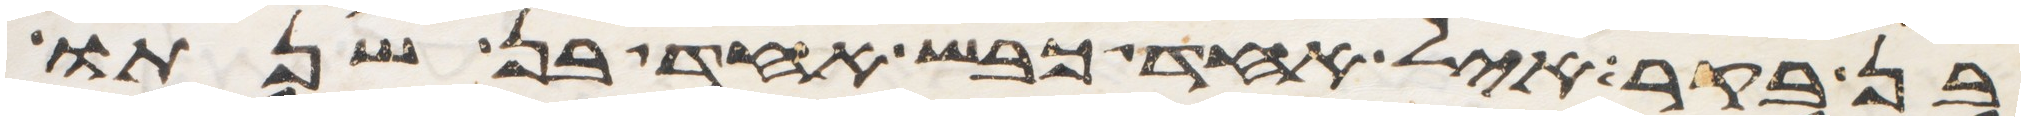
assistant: בן בקר איל אחד כבש אחד בן שנתו